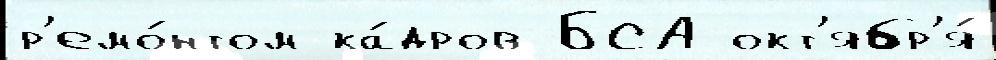
р'емо́нтом ка́дров БСА окт'ябр'я́